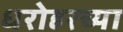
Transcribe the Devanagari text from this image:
धरोहरच्या